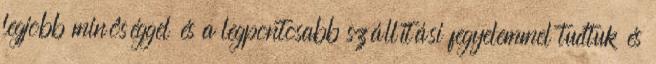
legjobb minôséggel és a legpontosabb szállítási fegyelemmel tudtuk és